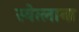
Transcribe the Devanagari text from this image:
स्वेत्लाना